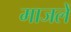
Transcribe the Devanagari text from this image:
माजलें